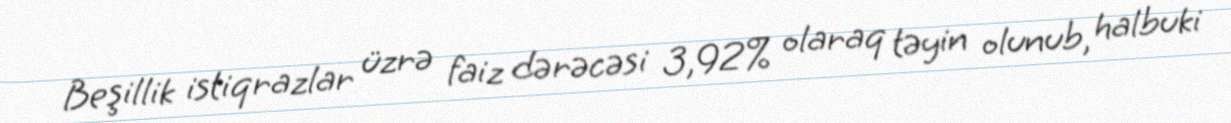
Beşillik istiqrazlar üzrə faiz dərəcəsi 3,92% olaraq təyin olunub, halbuki